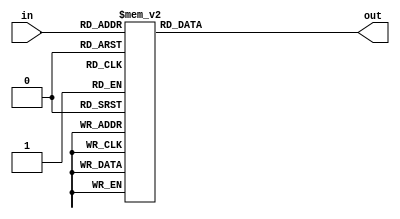
`timescale 1ns / 1ps
//////////////////////////////////////////////////////////////////////////////////
// Company: 
// Engineer: 
// 
// Design Name: 
// Module Name: Hex2Ascii
// Project Name: 
// Target Devices: 
// Tool Versions: 
// Description: 
// 
// Dependencies: 
// 
// Revision:
// Revision 0.01 - File Created
// Additional Comments:
// 
//////////////////////////////////////////////////////////////////////////////////


module Hex2Ascii(
    input [3:0]in,
    output reg [7:0]out
    );
    always @ (*)
    begin
        case(in)
            4'h0:out=8'h30;
            4'h1:out=8'h31;
            4'h2:out=8'h32;
            4'h3:out=8'h33;
            4'h4:out=8'h34;
            4'h5:out=8'h35;
            4'h6:out=8'h36;
            4'h7:out=8'h37;
            4'h8:out=8'h38;
            4'h9:out=8'h39;
            4'ha:out=8'h61;
            4'hb:out=8'h62;
            4'hc:out=8'h63;
            4'hd:out=8'h64;
            4'he:out=8'h65;
            4'hf:out=8'h66;
            default:out=0;
        endcase
    end
endmodule